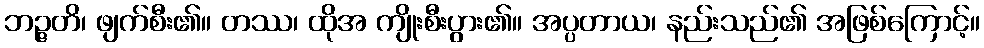
ဘဉ္ဇတိ၊ ဖျက်စီး၏။ တဿ၊ ထိုအ ကျိုးစီးပွား၏။ အပ္ပတာယ၊ နည်းသည်၏ အဖြစ်ကြောင့်။